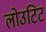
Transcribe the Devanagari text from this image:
लोउटिट